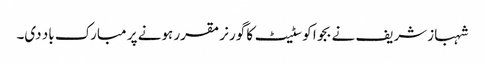
شہباز شریف نے بجوا کو سٹیٹ کا گورنر مقرر ہونے پر مبارک باد دی۔